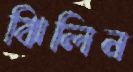
ঝিলিন